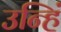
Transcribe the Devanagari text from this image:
उन्हिं